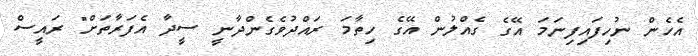
އެހެން ނުހިފައިފިނަމަ އޭގެ ގެއްލުން އޭގެ ހިތާމަ ރައްދުވެގެންދާނީ ސީދާ އެފަރާތަށް" ރައީސް